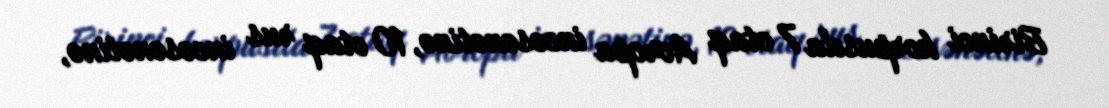
Birinci korpusda 7 otaq Avropa incəsənətinə, 10 otaq rus incəsənətinə,